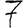
Digit: 7